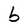
Character: b